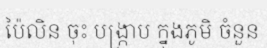
ប៉ៃលិន ចុះ បង្ក្រាប ក្នុងភូមិ ចំនួន